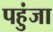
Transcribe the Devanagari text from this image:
पहुंजा